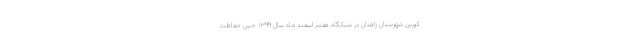
کورین شهرستان زاهدان در شبانگاه هفتم اسفند ماه سال ۱۳۹۹ حین حفاظت